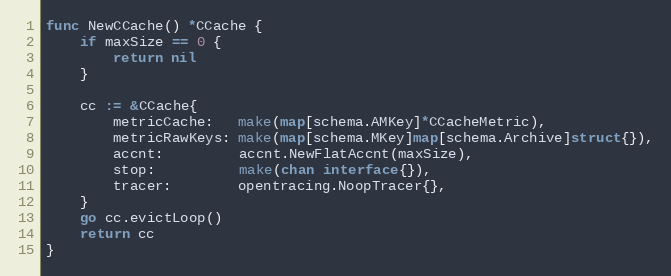
Language: Go
func NewCCache() *CCache {
	if maxSize == 0 {
		return nil
	}

	cc := &CCache{
		metricCache:   make(map[schema.AMKey]*CCacheMetric),
		metricRawKeys: make(map[schema.MKey]map[schema.Archive]struct{}),
		accnt:         accnt.NewFlatAccnt(maxSize),
		stop:          make(chan interface{}),
		tracer:        opentracing.NoopTracer{},
	}
	go cc.evictLoop()
	return cc
}